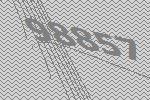
98857